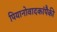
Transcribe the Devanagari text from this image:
पियानोवादकांपैकी